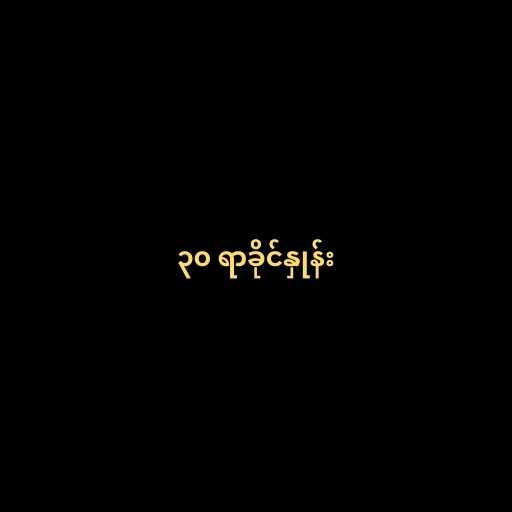
၃၀ ရာခိုင်နှုန်း